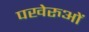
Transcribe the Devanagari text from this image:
पखेरुओं